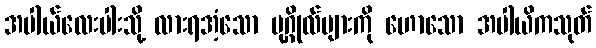
အပါယ်လေးပါးသို့ လားရအံ့သော ပုဂ္ဂိုလ်များကို ဟောသော အပါယိကသုတ်